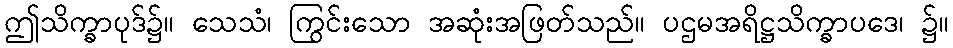
ဤသိက္ခာပုဒ်၌။ သေသံ၊ ကြွင်းသော အဆုံးအဖြတ်သည်။ ပဌမအရိဋ္ဌသိက္ခာပဒေ၊ ၌။